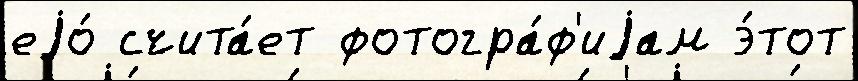
еjо́ счита́ет фотогра́ф'иjам э́тот